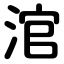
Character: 涫